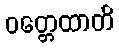
ဝတ္တေထာတိ